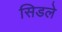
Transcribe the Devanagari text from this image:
सिडले